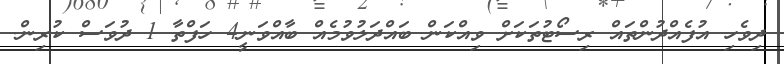
ދިވެހި އުފެއްދުންތައް ރިސޯޓުތަކަށް ވިއްކަން ބައްދަލުވުމެއް ބާއްވަނީ4 ހަފްތާ 1 ދުވަސް ކުރިން.